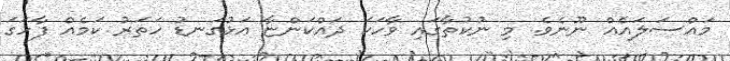
މައްސަލައެއް ނޫނެވެ. މި ނުކުތާގައި ވާހަކަ ދައްކަންޏާ އަޅުގަނޑު ހަތަރު ކަމެއް ފާހަގަ